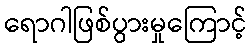
ရောဂါဖြစ်ပွားမှုကြောင့်